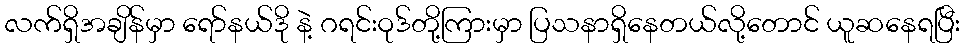
လက်ရှိအချိန်မှာ ရော်နယ်ဒို နဲ့ ဂရင်းဝုဒ်တို့ကြားမှာ ပြသနာရှိနေတယ်လို့တောင် ယူဆနေရပြီး